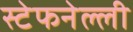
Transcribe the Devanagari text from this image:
स्टेफनेल्ली